Vaccination in the Punjab 1919-1929 - 1919-1929
Year: 1919
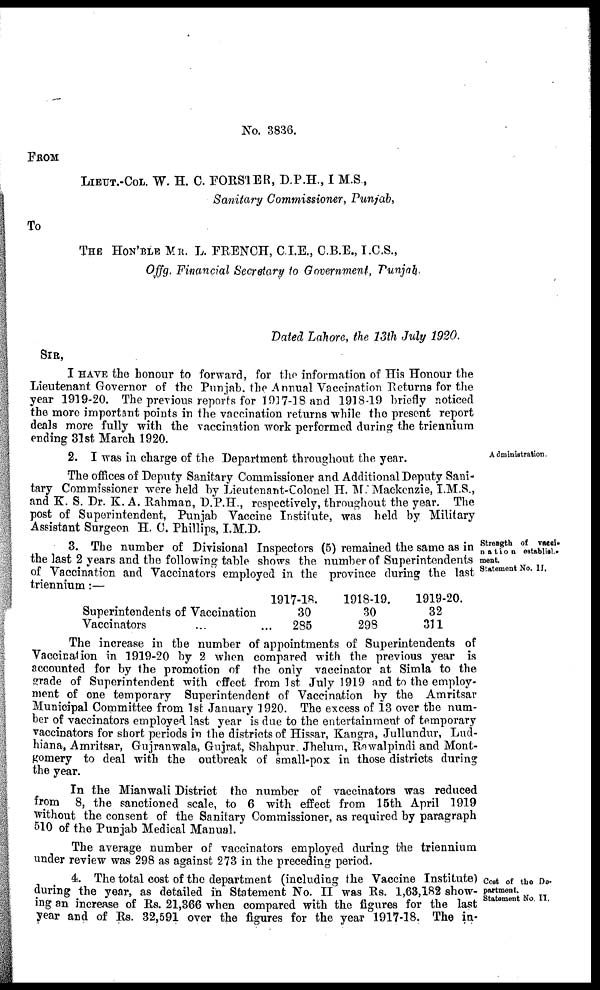
No. 3836.
FROM
LIEUT.-COL. W. H. C. FORSTER, D.P.H., I M.S.,
Sanitary Commissioner, Punjab,
To
THE HON'BEL MR. L. FRENCH, C.I.E., C.B.E., I.C.S.,
Offg. Financial Secretary to Government, Punjab
Dated Lahore, the 13th July 1920.
SIR,
I HAVE the honour to forward, for the information of His Honour the
Lieutenant Governor of the Punjab, the Annual Vaccination Returns for the
year 1919-20. The previous reports for 1917-18 and 1918-19 briefly noticed
the more important points in the vaccination returns while the present report
deals more fully with the vaccination work performed during the triennium
ending 31st March 1920.
Administration.
2. I was in charge of the Department throughout the year.
The offices of Deputy Sanitary Commissioner and Additional Deputy Sani-
tary Commissioner were held by Lieutenant-Colonel H. M. Mackenzie, I.M.S.,
and K. S. Dr. K. A. Rahman, D.P.H., respectively, throughout the year. The
post of Superintendent, Punjab Vaccine Institute, was held by Military
Assistant Surgeon H. C. Phillips, I.M.D.
Strength of vacci-
nation establish-
ment.
Statement No. II.
3. The number of Divisional Inspectors (5) remained the same as in
the last 2 years and the following table shows the number of Superintendents
of Vaccination and Vaccinators employed in the province during the last
triennium:—
Superintendents of Vaccination
Vaccinators ... ...
1917-18.
30
285
1918-19.
30
298
1919-20.
32
311
The increase in the number of appointments of Superintendents of
Vaccination in 1919-20 by 2 when compared with the previous year is
accounted for by the promotion of the only vaccinator at Simla to the
grade of Superintendent with effect from 1st July 1919 and to the employ-
ment of one temporary Superintendent of Vaccination by the Amritsar
Municipal Committee from 1st January 1920. The excess of 13 over the num-
ber of vaccinators employed last year is due to the entertainment of temporary
vaccinators for short periods in the districts of Hissar, Kangra, Jullundur, Lud-
hiana, Amritsar, Gujranwala, Gujrat, Shahpur Jhelum, Rawalpindi and Mont-
gomery to deal with the outbreak of small-pox in those districts during
the year.
In the Mianwali District the number of vaccinators was reduced
from 8, the sanctioned scale, to 6 with effect from 15th April 1919
without the consent of the Sanitary Commissioner, as required by paragraph
510 of the Punjab Medical Manual.
The average number of vaccinators employed during the triennium
under review was 298 as against 273 in the preceding period.
Cost of the De-
partment.
Statement No. II.
4. The total cost of the department (including the Vaccine Institute)
during the year, as detailed in Statement No. II was Rs. 1,63,182 show-
ing an increase of Rs. 21,366 when compared with the figures for the last
year and of Rs. 32,591 over the figures for the year 1917-18. The in-